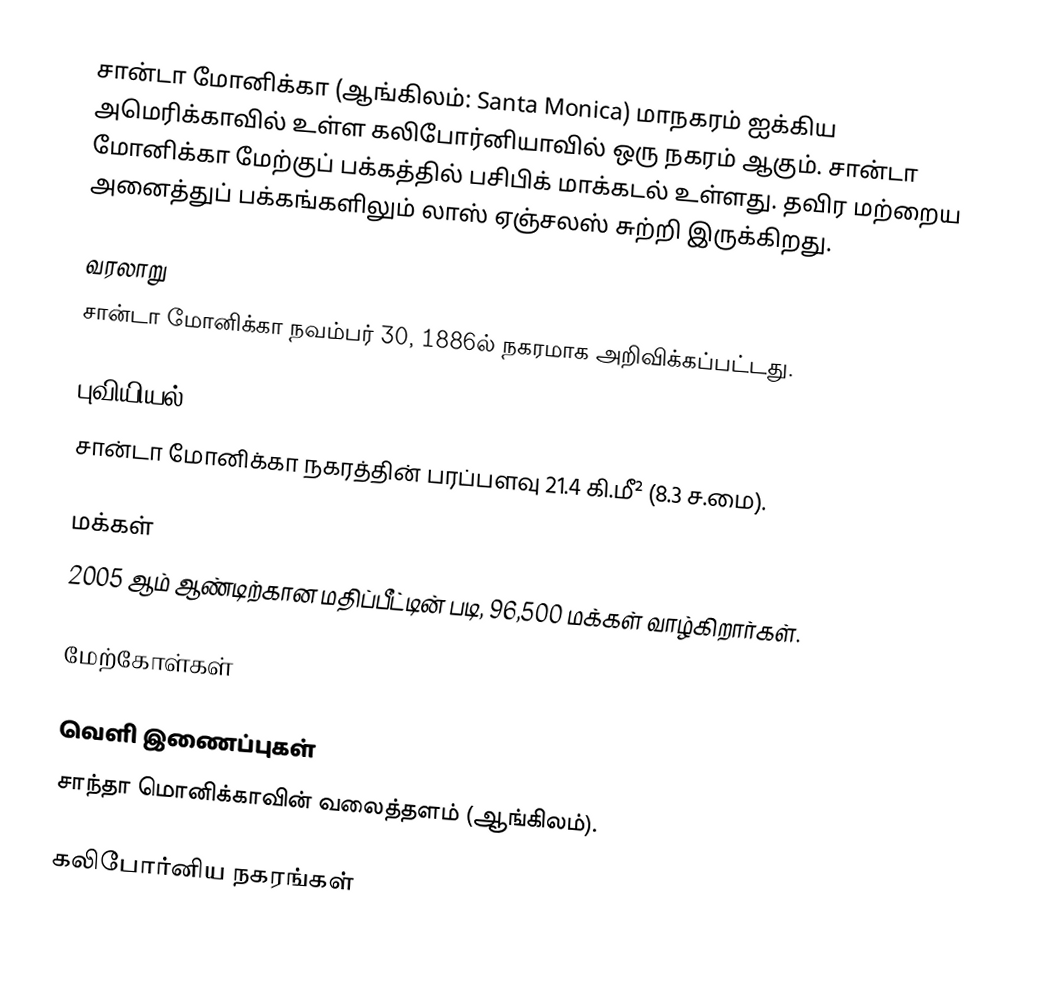
சான்டா மோனிக்கா  (ஆங்கிலம்: Santa Monica) மாநகரம் ஐக்கிய அமெரிக்காவில் உள்ள கலிபோர்னியாவில் ஒரு நகரம் ஆகும். சான்டா மோனிக்கா மேற்குப் பக்கத்தில் பசிபிக் மாக்கடல் உள்ளது. தவிர மற்றைய அனைத்துப் பக்கங்களிலும் லாஸ் ஏஞ்சலஸ் சுற்றி இருக்கிறது.

வரலாறு
சான்டா மோனிக்கா நவம்பர் 30, 1886ல் நகரமாக அறிவிக்கப்பட்டது.

புவியியல்
சான்டா மோனிக்கா நகரத்தின் பரப்பளவு 21.4 கி.மீ²  (8.3 ச.மை).

மக்கள்
2005 ஆம் ஆண்டிற்கான மதிப்பீட்டின் படி, 96,500 மக்கள் வாழ்கிறார்கள்.

மேற்கோள்கள்

வெளி இணைப்புகள்
  சாந்தா மொனிக்காவின் வலைத்தளம் (ஆங்கிலம்).

கலிபோர்னிய நகரங்கள்